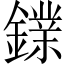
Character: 𨭥